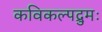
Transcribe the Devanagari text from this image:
कविकल्पद्रुमः